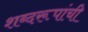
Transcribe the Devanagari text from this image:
शब्दरूपांची